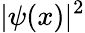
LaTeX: |\psi(x)|^{2}